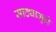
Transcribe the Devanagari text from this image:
साठ्यामुळे